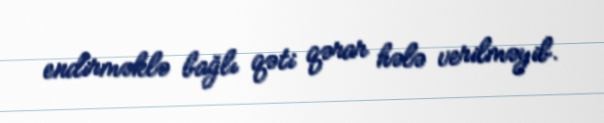
endirməklə bağlı qəti qərar hələ verilməyib.